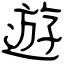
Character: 遊